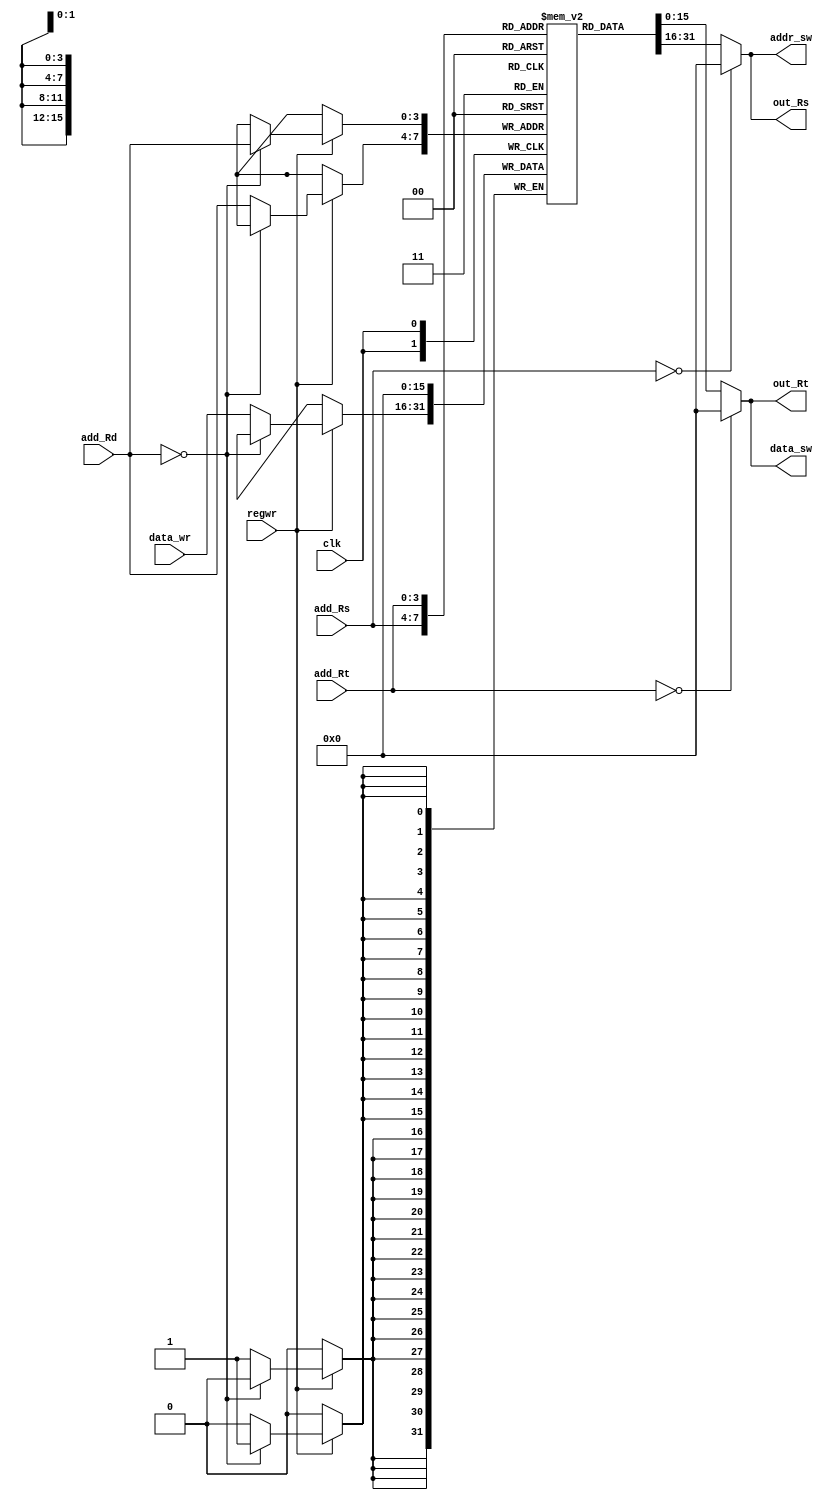
`timescale 1ns / 1ps
//////////////////////////////////////////////////////////////////////////////////
// Company: 
// Engineer: 
// 
// Design Name: 
// Module Name:    regfile16 
// Project Name: 
// Target Devices: 
// Tool versions: 
// Description: 
//
// Dependencies: 
//
// Revision: 
// Revision 0.01 - File Created
// Additional Comments: 
//
//////////////////////////////////////////////////////////////////////////////////
module regfile16(add_Rs, out_Rs, add_Rt, out_Rt, add_Rd, data_wr, regwr,addr_sw,data_sw, 
clk) ;
  input [3:0] add_Rs, add_Rt, add_Rd;
  input regwr, clk;
  input [15:0] data_wr;
  output [15:0] out_Rs, out_Rt,addr_sw,data_sw;
  reg[15:0] Register[15:0];
  
  reg [15:0] out_Rs, out_Rt;
  wire [15:0] addr_sw,data_sw;
  assign addr_sw = out_Rs;
  assign data_sw = out_Rt;
  
  always @ (posedge clk)
  
   if(regwr)
   begin
   if (add_Rd == 0)
      Register[add_Rd] = 0;//if it is zero ,the output must be zero only
    else 
      Register[add_Rd] = data_wr;
   $display("At this posedge  Register %d of Regfile is written %h",add_Rd,data_wr);
   end
  always @ (add_Rs or add_Rt)
   begin
        if (add_Rs == 0)
          out_Rs = 0;// if it is zero register,then give the content as zero only
        else 
          out_Rs = Register[add_Rs];
        if (add_Rt == 0)
          out_Rt = 0;// if it is zero register,then give the content as zero only
        else 
          out_Rt = Register[add_Rt];
    end
endmodule